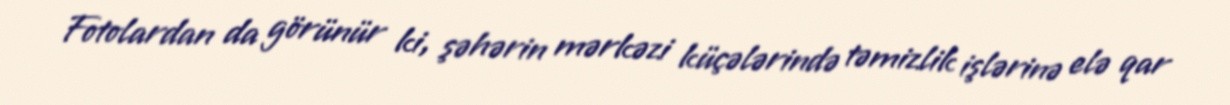
Fotolardan da görünür ki, şəhərin mərkəzi küçələrində təmizlik işlərinə elə qar